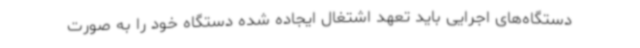
دستگاه‌های اجرایی باید تعهد اشتغال ایجاده شده دستگاه خود را به صورت